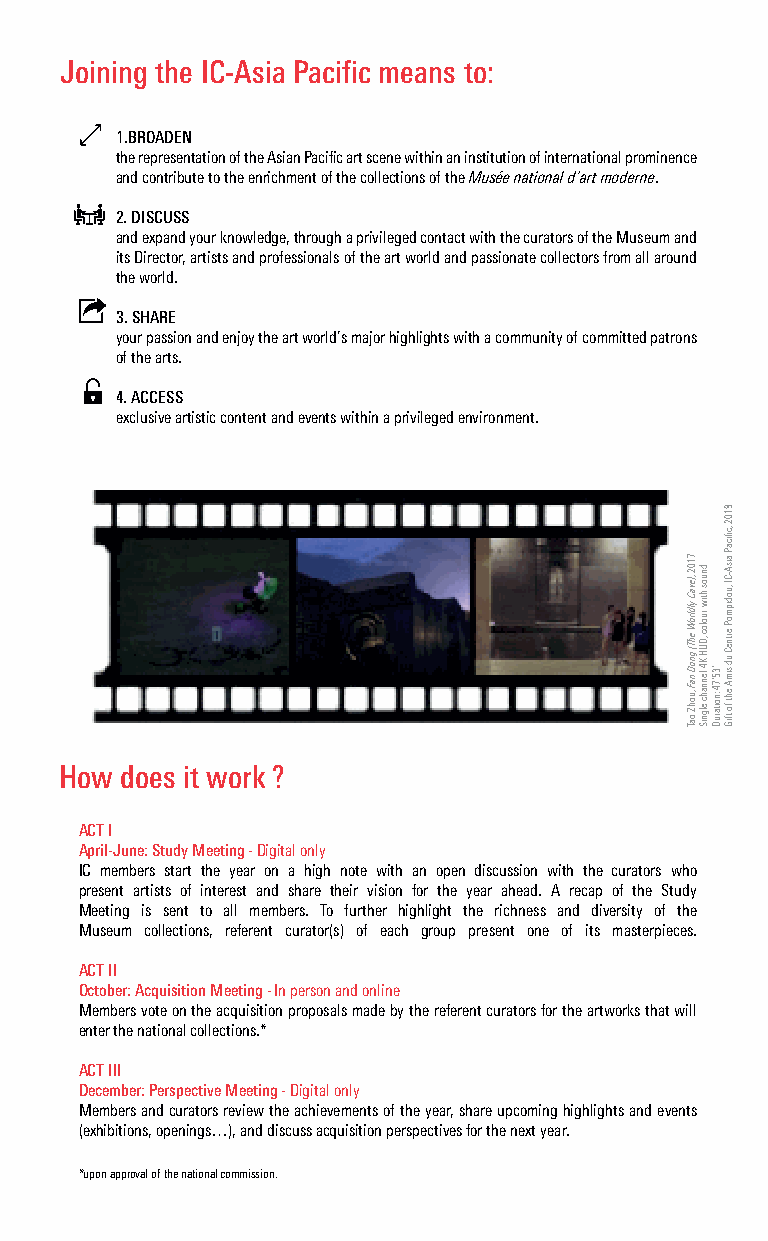
Joining the IC-Asia Pacific means to:
 1.BROADEN
 the representation of the Asian Pacifi c art scene within an institution of international prominence
 and contribute to the enrichment of the collections of the Musée national d’art moderne.
 2. DISCUSS
 and expand your knowledge, through a privileged contact with the curators of the Museum and
 its Director, artists and professionals of the art world and passionate collectors from all around
 the world.
 3. SHARE
 your passion and enjoy the art world’s major highlights with a community of committed patrons
 of the arts.
 4. ACCESS
 exclusive artistic content and events within a privileged environment.
 How does it work ?
 ACT I
 April-June: Study Meeting -Digital only
 IC members start the year on a high note with an open discussion with the curators who
 present artists of interest and share their vision for the year ahead. A recap of the Study
 Meeting is sent to all members. To further highlight the richness and diversity of the
 Museum collections, referent curator(s) of each group present one of its masterpieces.
 ACT II
 October: Acquisition Meeting- In person and online
 Members vote on the acquisition proposals made by the referent curators for the artworks that will
 enter the national collections.*
 ACT III
 December: Perspective Meeting - Digital only
 Members and curators review the achievements of the year, share upcoming highlights and events
 (exhibitions, openings…), and discuss acquisition perspectives for the next year.
 *upon approval of the national commission.
 7102
 ,)evaC
 yldlroW
 ehT(
 gnoD
 naF
 ,uohZ
 oaT
 dnuos
 htiw
 ruoloc
 ,DUH
 K4
 lennahc
 elgniS
 ’35’74
 :noitaruD
 8102
 ,cfi
 icaP
 aisA-CI
 ,uodipmoP
 ertneC
 ud
 simA
 eht
 fo
 tfiG